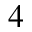
^ 4